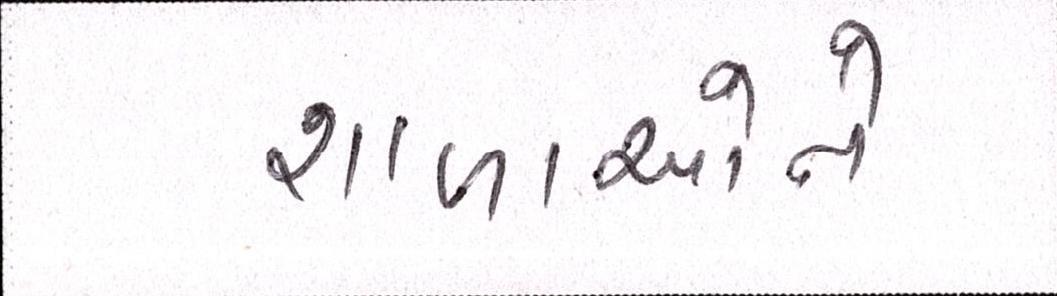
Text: શાળાઓને